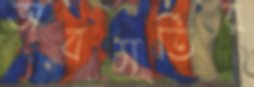
ভাবমূর্তির